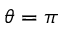
\theta = \pi